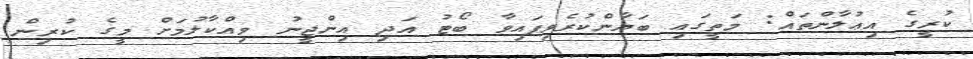
ކުރީގެ އިޢުލާންތައް: މަތީގައި ބަޔާންކުރެވިފައިވާ ބޯޓު އަދި އިންޖީނު ވިއްކާލުމަށް މީގެ ކުރިން